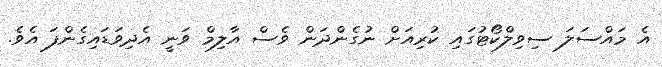
އެ މައްސަލަ ސިވިލްކޯޓުގައި ކުރިއަށް ނުގެންދަން ވެސް އާލިމް ވަނީ އެދިވަޑައިގެންފަ އެވެ.